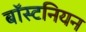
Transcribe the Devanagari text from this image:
बॉस्टनियन